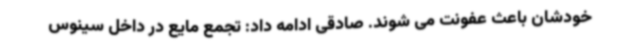
خودشان باعث عفونت می شوند. صادقی ادامه داد: تجمع مایع در داخل سینوس